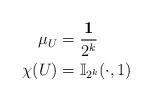
LaTeX: \begin{align*}\mu_U& = \frac{\mathbf{1}}{2^k}\\\chi(U)& = \mathbb{I}_{2^k}(\cdot, 1)\end{align*}